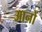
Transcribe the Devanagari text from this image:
आनों